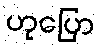
ဟုပြော